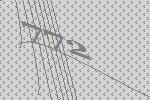
772